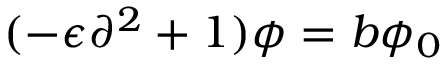
( - \epsilon \partial ^ { 2 } + 1 ) \phi = b \phi _ { 0 }